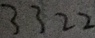
3 3 2 2